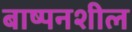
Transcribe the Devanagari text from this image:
बाष्पनशील